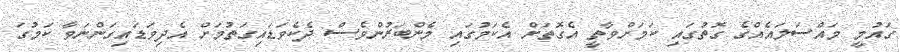
ގައުމީ މައްސަލައެއްގެ ގޮތުގައި ކަމަށްވާތީ އެގޮތަށް އެކަމުގައި މެންބަރުންވެސް ދެކެވަޑައިގަތުމަށް އެދިވަޑައިގަންނަވާ ކަމުގަ